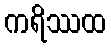
ကရိဿထ